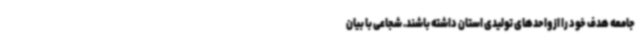
جامعه هدف خود را از واحدهای تولیدی استان داشته باشند. شجاعی با بیان